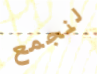
لنجمع